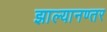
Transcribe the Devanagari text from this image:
झाल्यानण्तर